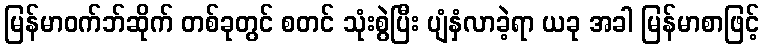
မြန်မာဝက်ဘ်ဆိုက် တစ်ခုတွင် စတင် သုံးစွဲပြီး ပျံနှံလာခဲ့ရာ ယခု အခါ မြန်မာစာဖြင့်